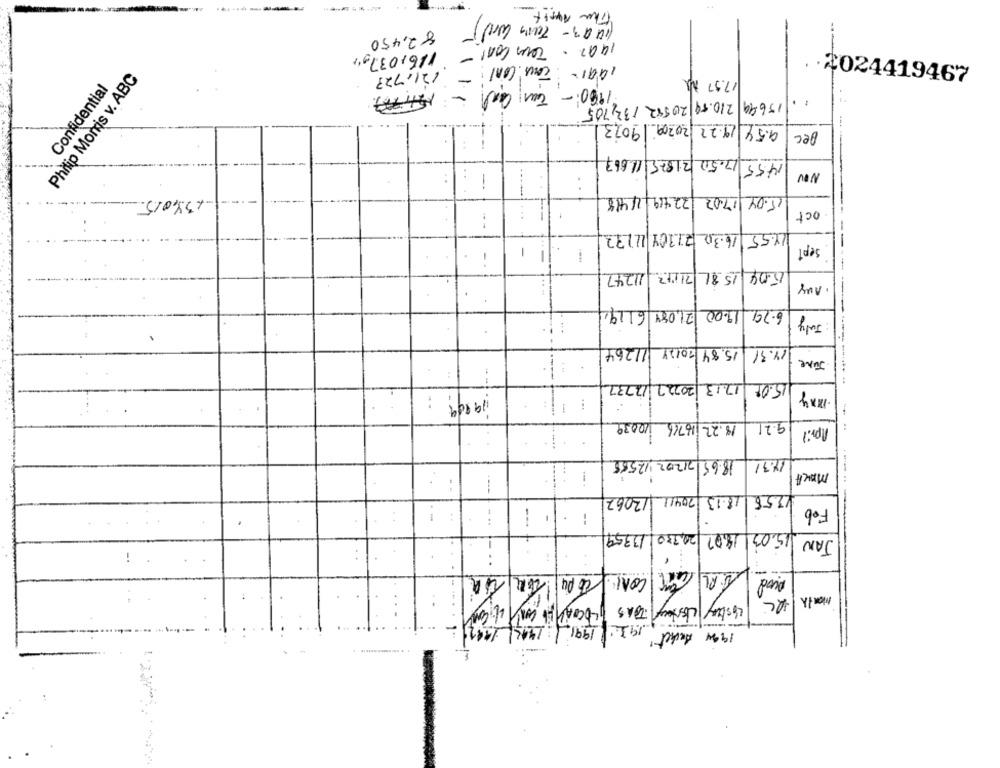
(19 03 - Tarn word)
82,450
1992 - Town cont - 116,0379,
121.723
Philip Morris v. ABC
17.97 Mg
.2024419467
Confidential
1900: - Tun Cash -
. .
15699 210.59 20542 132,705
9.54/19.22 /20209 9023
Dec
14:55 17.50 21875 11667
1
NW
..
15.04/17.02 22419 2/418
134015
oct
18.55/16.30 21304 11132
1
Sept
16.04 15 81 71172 11247
· Any
21.084 6119
6.79 19:00
: July
15.84/20124 11264
14.31
June
15.08 17.13 20222 12737
19899
...
9.21
18.22 16766 10039
April
18.65/2/202 42555
14.31
---
70411 /12062
18.13
12.58
i
Feb
----
13359
20,330
18.07
15.03
JAN
MONTA
19/11/1991 : 1412/ 1997
1994 Dechet
₩1